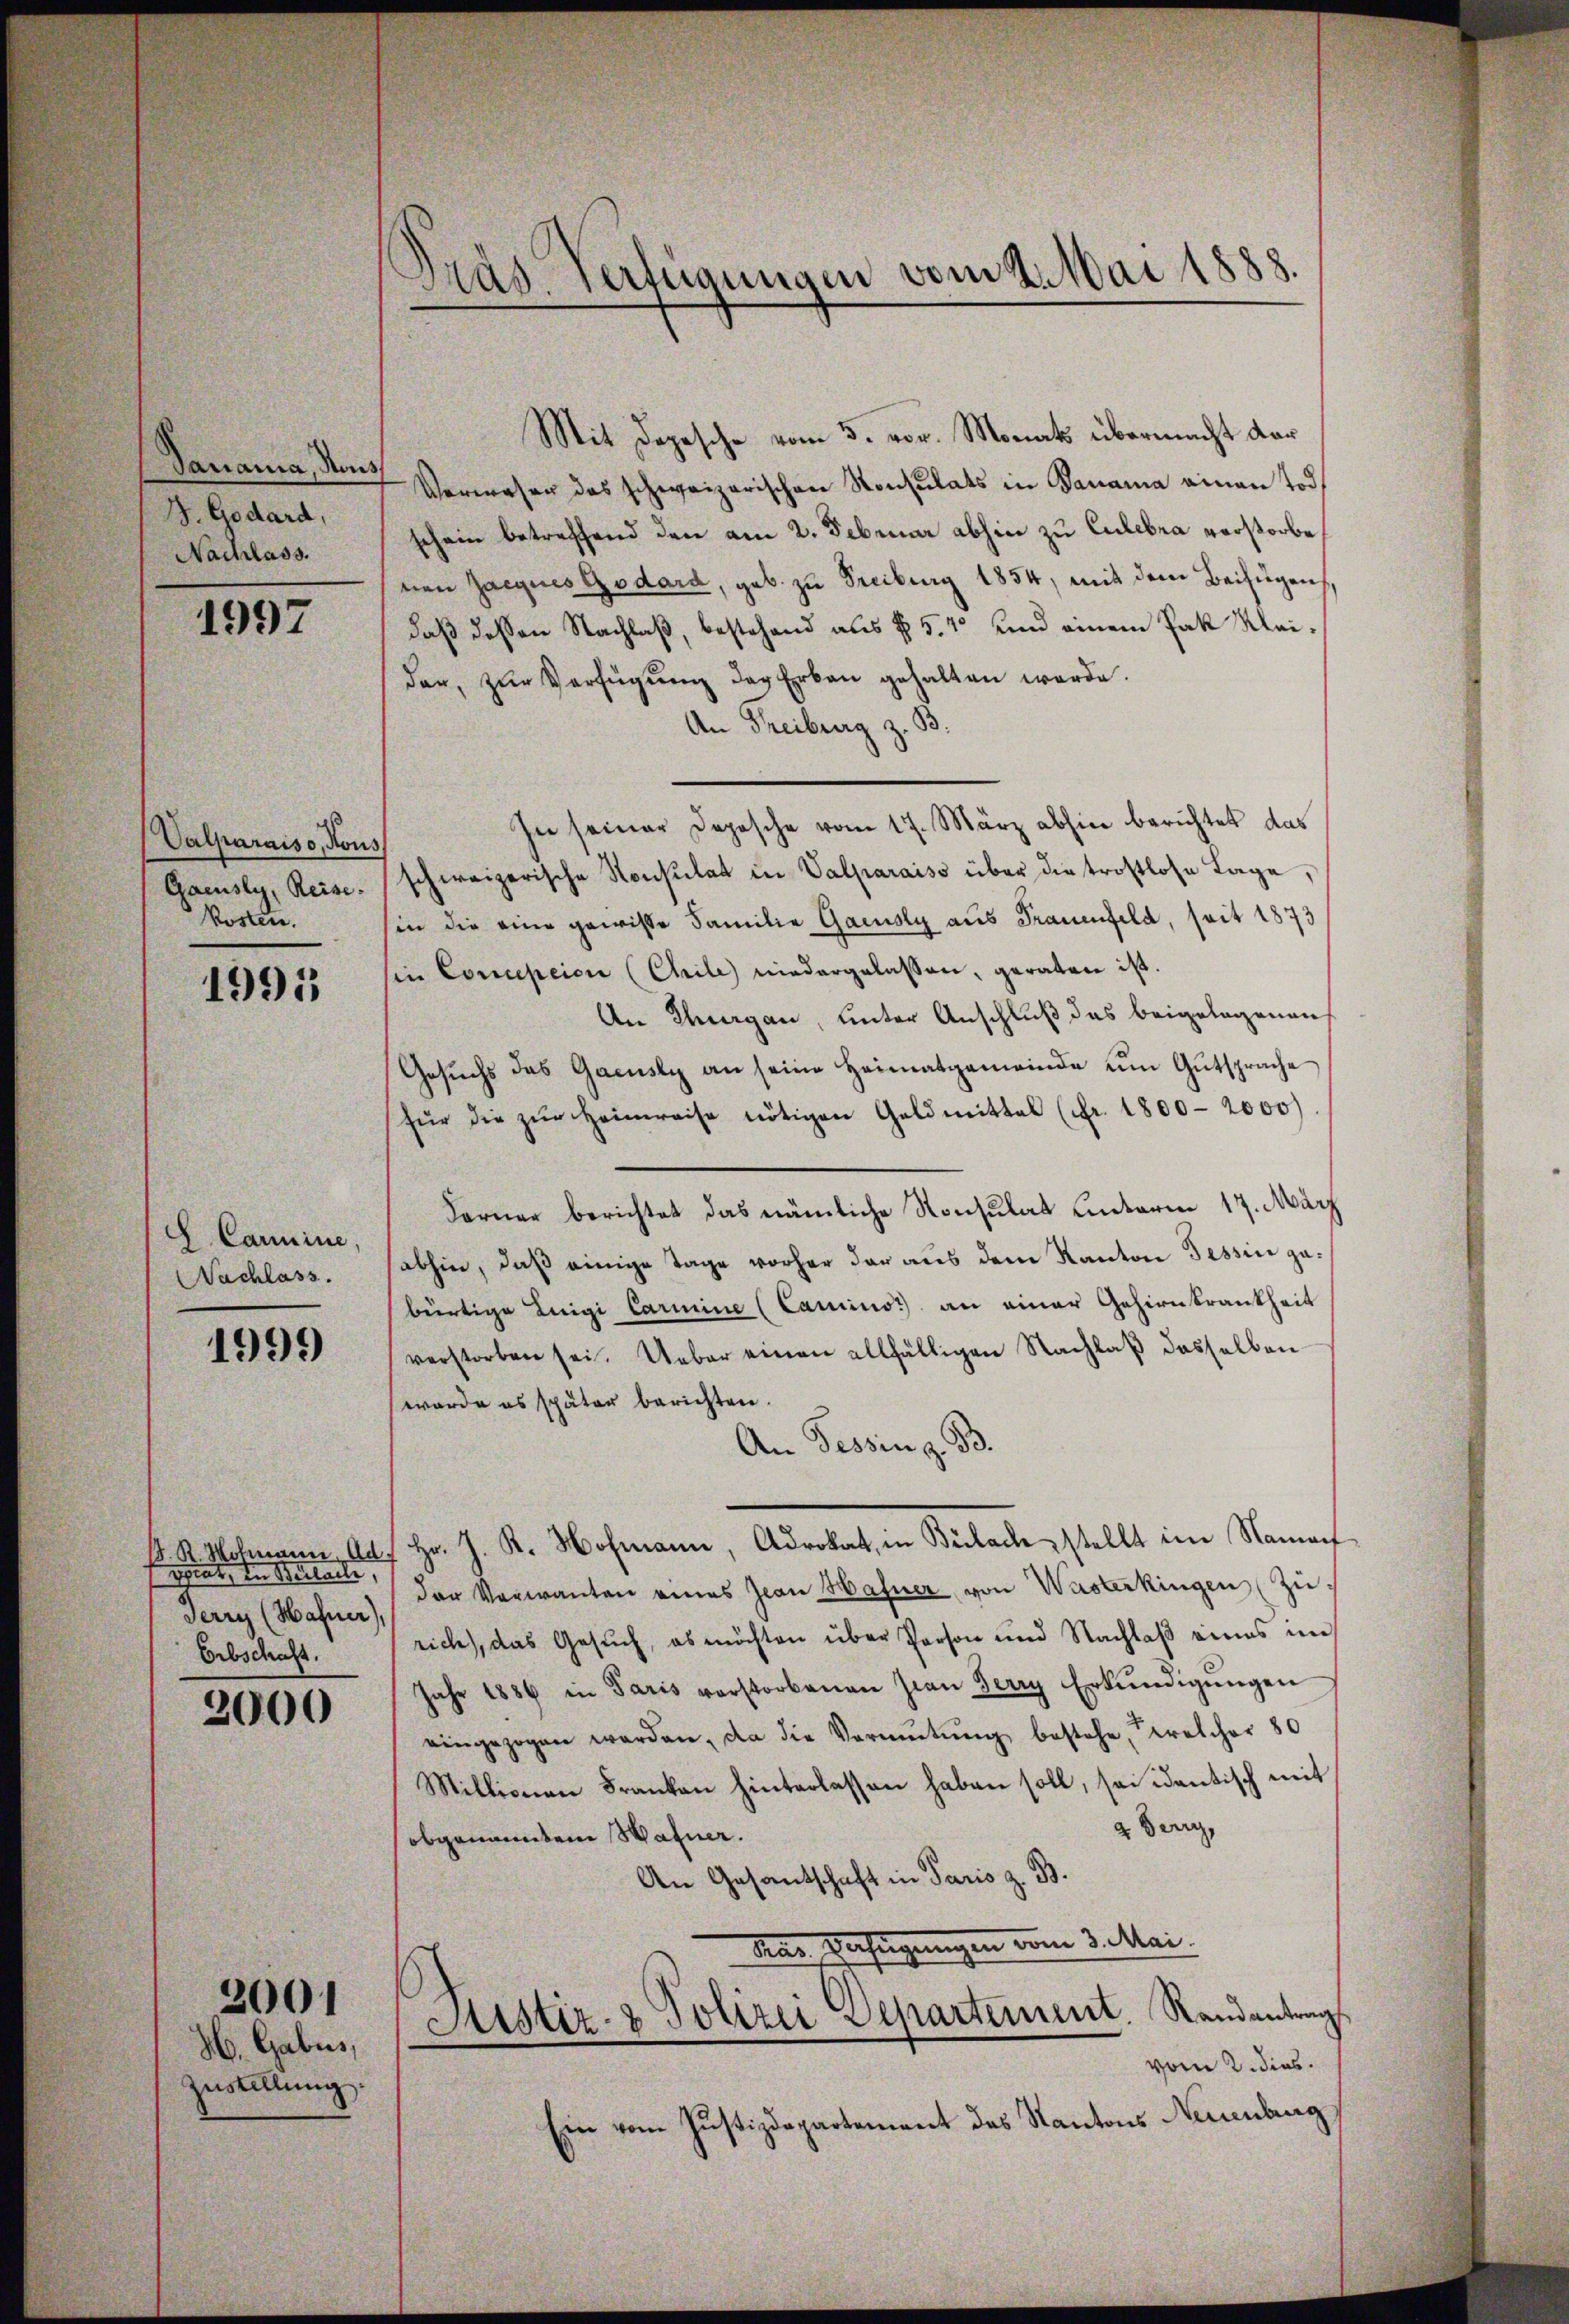
Sanania, Nous
J. Godard,
Nachlass.

1997

Valparaiso, Hous
Gacusly, Reise.
Kosten.

1995

E Carmine,
Nachlass.

1999

iat, den Wulaile,
Jerry (Hafner),
Erbschaft.

2000

H. Gabus,
Zustellung.

2001

Präs. vertrannam vom 4. Mai 1888.

Mit Depesche vom 5. vor. Monats übermacht dar
Verwesen das schweizerischen Konsulats in Danama einen Tod
schein betreffend den am 2. Februar abhin zu Eulebra vorstorbenen Zargnes Godard, geb. zu Freiburg 1854, mit dem Beifügen,
daß dessen Nachlaß, bestehend aus § 54 und einem Pak Kleider, zŭr Verfügŭng der Erbau gehalten werde.
An Treiburg z. B.
In seiner Depesche vom 17. März abhin berichtet das
schweizerische Konsulat in Valparaiso über die trostlose Lage,
sin die eine gewisse Familie Gacusly aus Frauenfeld, seit 1873
sin Conception (Chile niedergelassen, geraten ist.
An Thurgau, unter Anschluß das beigelegenen
Gesuchs das Gacusly an seine Heimatgemeinde um Gutsprache
für die zŭr Heimreise nötigen Geldmittel (Ffr. 1800-2000)
Forner berichtet das nämliche Konsulat unterm 17. März
abhin, daß einige Tage vorher der aus dem Kanton Tessin gabürtige Luigi Carmine (Cauins) an einer Gehirnkrankheit
verstorben sei. Ueber einen allfälligen Nachlaβ dasselben
werde es später berichten.
An Tessin z. B.
 K. Hofmann Auf Hr. J. K. Hofmann, Advokat, in Beilage stellt im Nament
der Verwanten eines Jean Hafner, von Wasterkingen zu-
rich, das Gesuch, es möchten über Person und Nachlaß eines im
Jahr 1886 in Paris verstorbenen sian Jerry Erkŭndigŭngen
eingezogen werden, da die Vormŭtŭng bestehe, welcher 80
Millionen Franken hinterlassen haben soll, sei idantisch mit
2. Bern,
obgenanntem Wagner.
An Gesantschaft in Paris z. B.
das Verfügungen vom 3. Mai.
Sistiz- & Polizei Separtement. Randantrag
vom 2. dies
Ein vom Justizdepartement des Kantons Neuenburg,